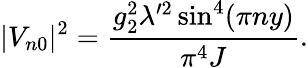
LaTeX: |V_{n0}|^{2}=\frac{g_{2}^{2}\lambda^{\prime 2}\sin^{4}(\pi ny)}{\pi^{4}J}.